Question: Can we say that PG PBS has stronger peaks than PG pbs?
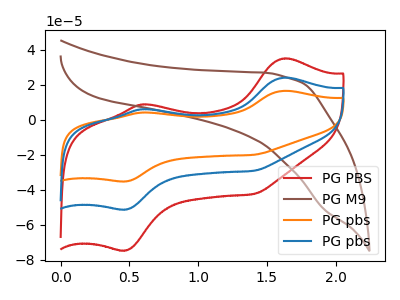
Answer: <think>The red curve "PG PBS" has anodic peaks at (1.65V, 35.10uA) (0.60V, 8.85uA) and cathodic peaks at (0.45V, -74.75uA) (1.40V, -42.50uA). The brown curve "PG M9" has no peaks. The orange curve "PG pbs" has anodic peaks at (1.65V, 48.25uA) (0.60V, 12.15uA) and cathodic peaks at (0.45V, -102.70uA) (1.40V, -58.35uA). The blue curve "PG pbs" has anodic peaks at (1.65V, 24.10uA) (0.60V, 6.10uA) and cathodic peaks at (0.45V, -51.35uA) (1.40V, -29.20uA).</think>
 <answer>Every peak in "PG PBS" is higher than every peak in "PG pbs".</answer>
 <eval>higher</eval>